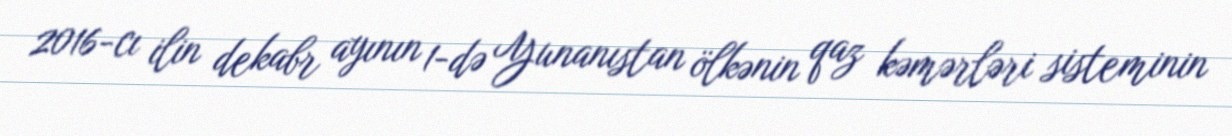
2016-cı ilin dekabr ayının 1-də Yunanıstan ölkənin qaz kəmərləri sisteminin